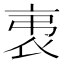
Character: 𧘨